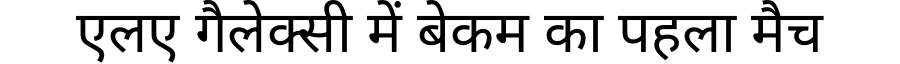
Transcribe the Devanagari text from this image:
एलए गैलेक्सी में बेकम का पहला मैच